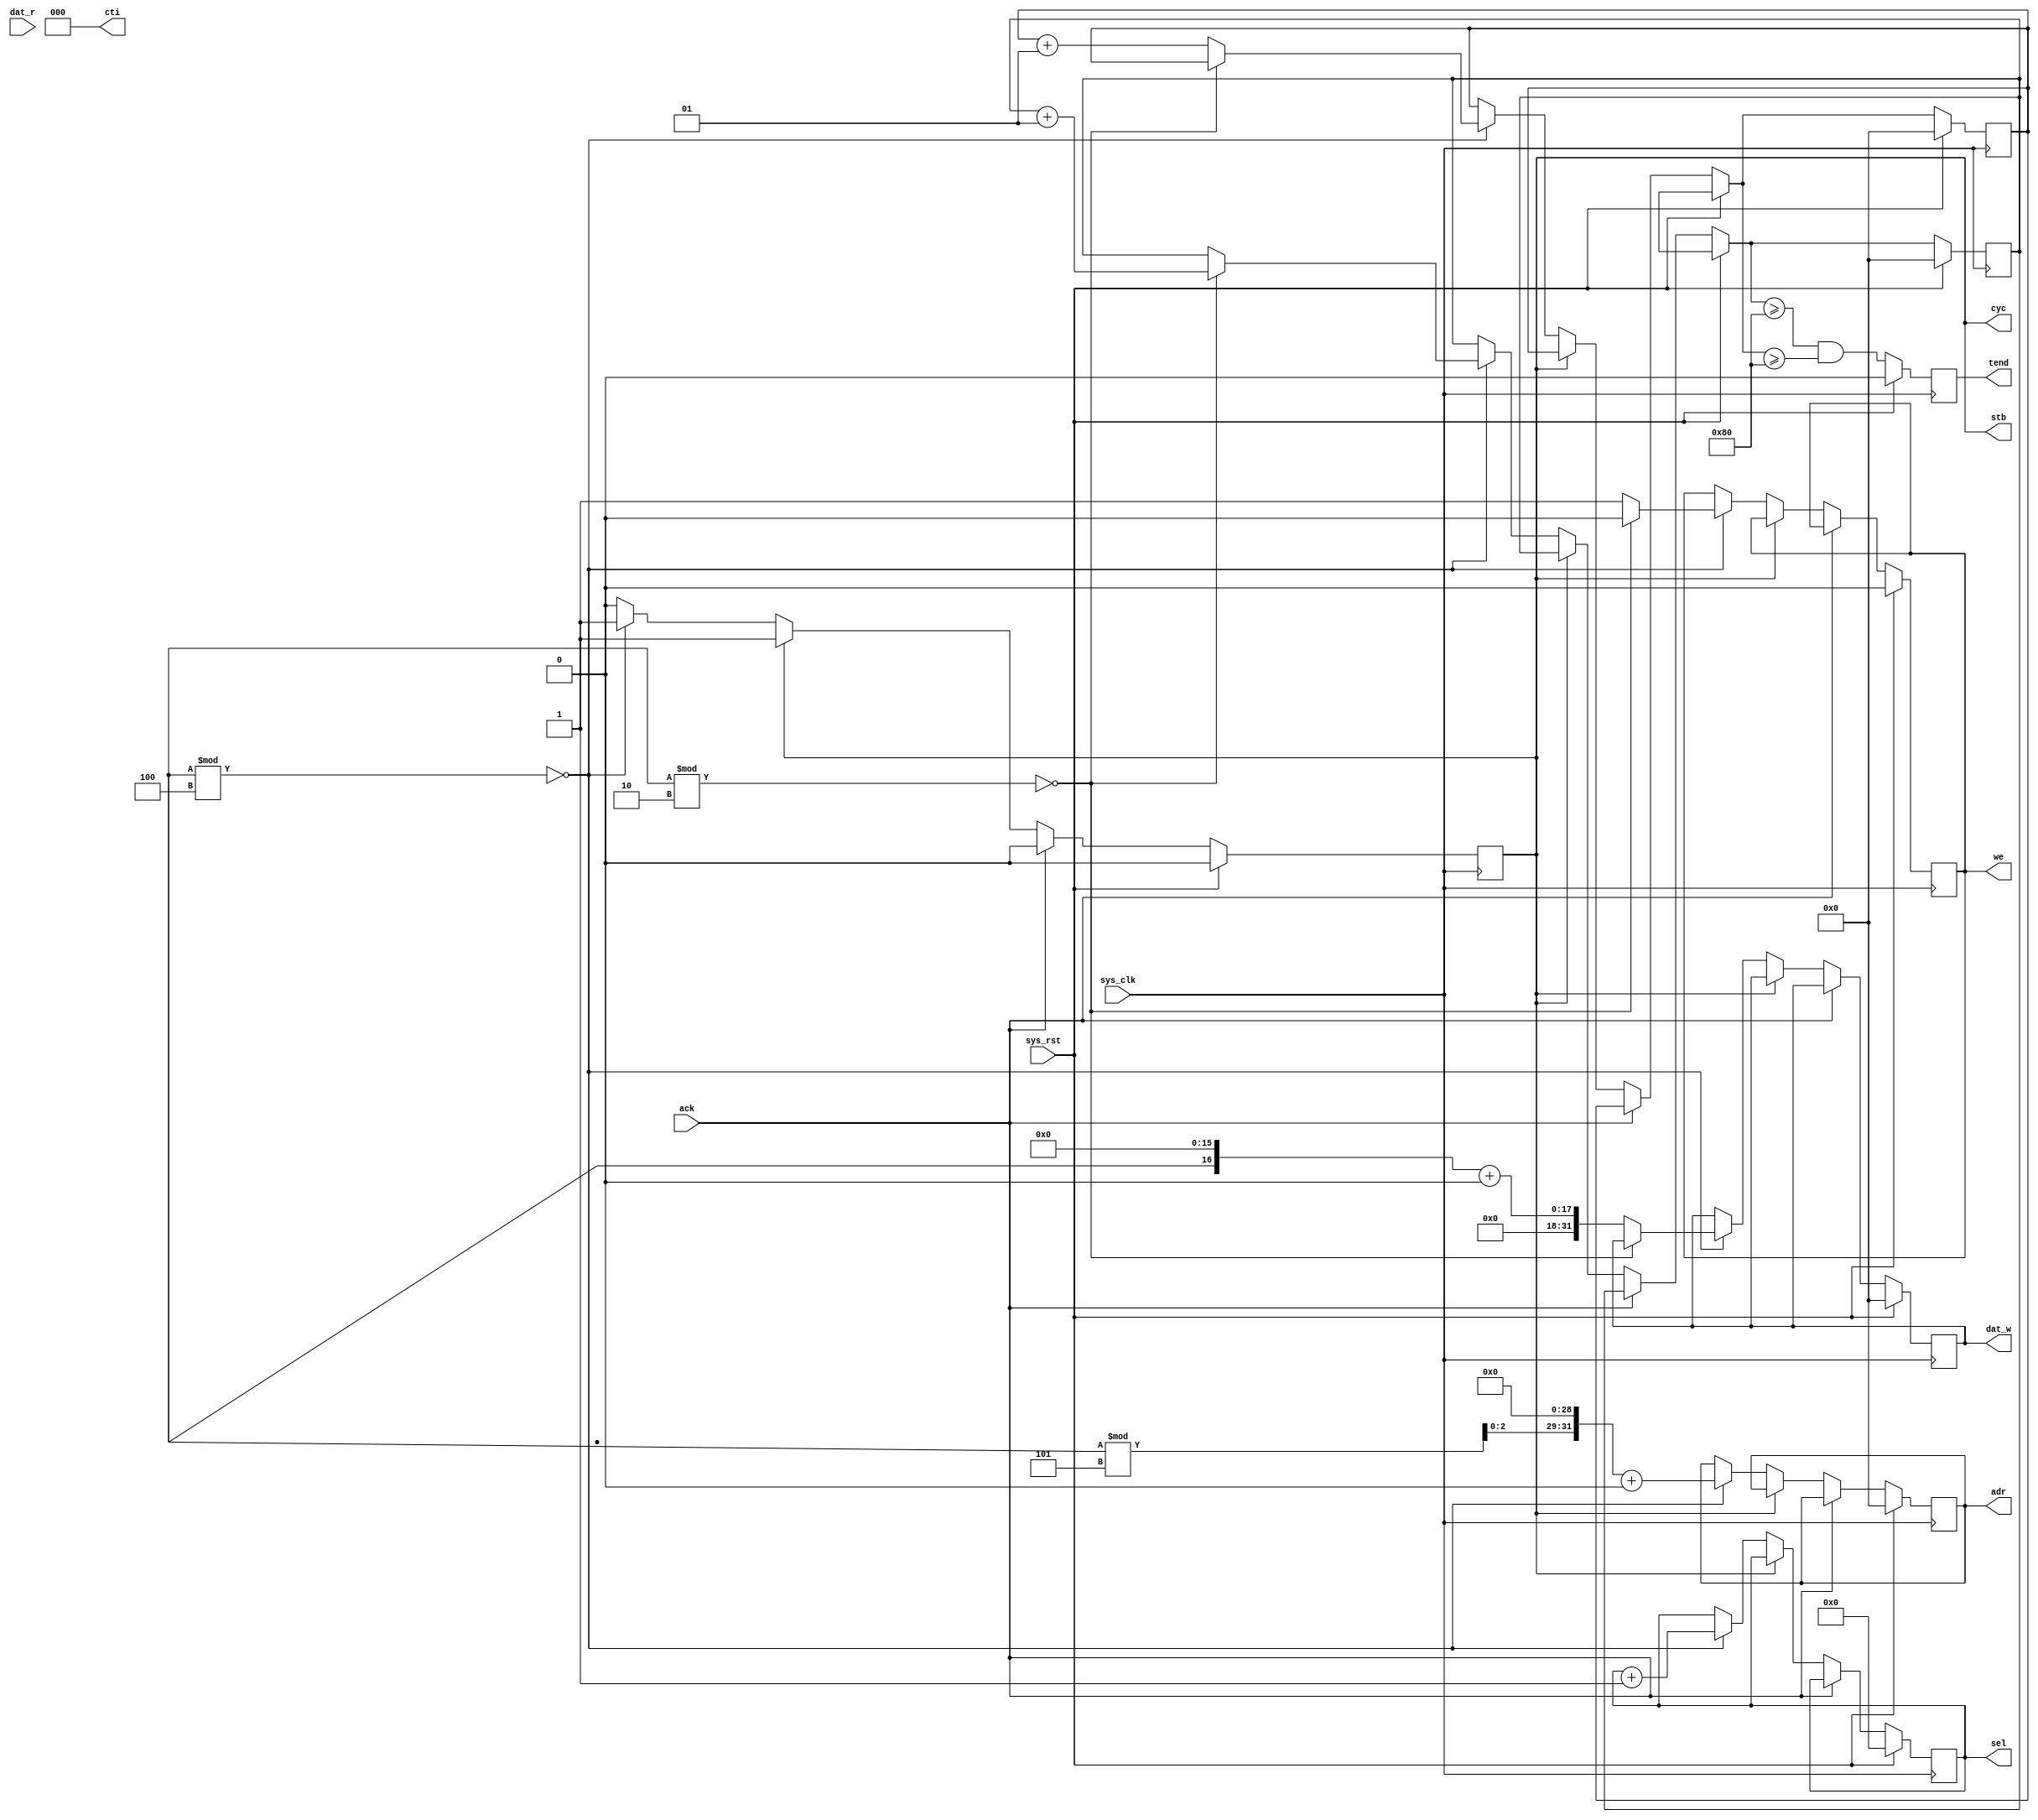
module master #(
	parameter id = 0,
	parameter nreads = 128,
	parameter nwrites = 128,
	parameter p = 4
) (
	input sys_clk,
	input sys_rst,
	
	output reg [31:0] dat_w,
	input [31:0] dat_r,
	output reg [31:0] adr,
	output [2:0] cti,
	output reg we,
	output reg [3:0] sel,
	output cyc,
	output stb,
	input ack,
	
	output reg tend
);

integer rcounter;
integer wcounter;
reg active;

assign cyc = active;
assign stb = active;
assign cti = 0;

always @(posedge sys_clk) begin
	if(sys_rst) begin
		dat_w = 0;
		adr = 0;
		we = 0;
		sel = 0;
		active = 0;
		rcounter = 0;
		wcounter = 0;
		tend = 0;
	end else begin
		if(ack) begin
			if(~active)
				$display("[M%d] Spurious ack", id);
			else begin
				if(we)
					$display("[M%d] Ack W: %x:%x [%x]", id, adr, dat_w, sel);
				else
					$display("[M%d] Ack R: %x:%x [%x]", id, adr, dat_r, sel);
			end
			active = 1'b0;
		end else if(~active) begin
			if(($random % p) == 0) begin
				adr = $random;
				adr = adr % 5;
				adr = (adr << (32-3)) + id;
				sel = sel + 1;
				active = 1'b1;
				if(($random % 2) == 0) begin
					/* Read */
					we = 1'b0;
					rcounter = rcounter + 1;
				end else begin
					/* Write */
					we = 1'b1;
					dat_w = ($random << 16) + id;
					wcounter = wcounter + 1;
				end
			end
		end
		tend = (rcounter >= nreads) && (wcounter >= nwrites);
	end
end

endmodule